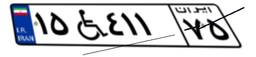
۳۷W۳۷۶۴۸